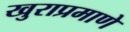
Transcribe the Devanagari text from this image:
खुराप्रमाणे